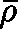
\mathbf { \bar { \rho } }